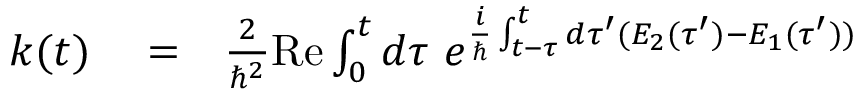
\begin{array} { r l r } { k ( t ) } & { { } = } & { \frac { 2 } { \hbar ^ { 2 } } \mathrm { R e } \int _ { 0 } ^ { t } d \tau \ e ^ { \frac { i } { \hbar } \int _ { t - \tau } ^ { t } d \tau ^ { \prime } ( E _ { 2 } ( \tau ^ { \prime } ) - E _ { 1 } ( \tau ^ { \prime } ) ) } } \end{array}